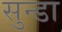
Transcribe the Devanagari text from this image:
सुन्डा